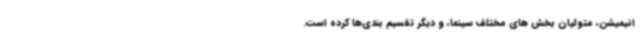
انیمیشن، متولیان بخش های مختلف سینما، و دیگر تقسیم بندی‌ها کرده است.